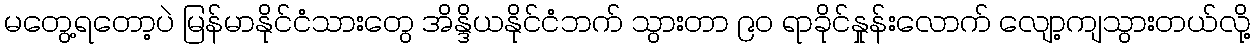
မတွေ့ရတော့ပဲ မြန်မာနိုင်ငံသားတွေ အိန္ဒိယနိုင်ငံဘက် သွားတာ ၉၀ ရာခိုင်နှုန်းလောက် လျော့ကျသွားတယ်လို့